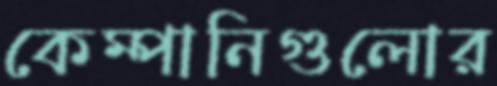
কেম্পানিগুলোর